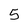
Character: 5